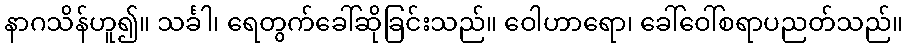
နာဂသိန်ဟူ၍။ သင်္ခါ၊ ရေတွက်ခေါ်ဆိုခြင်းသည်။ ဝေါဟာရော၊ ခေါ်ဝေါ်စရာပညတ်သည်။